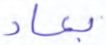
بعاد